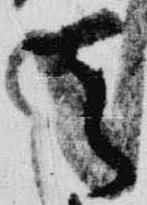
天